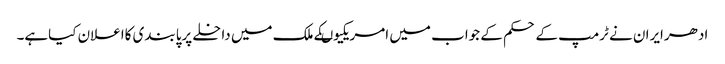
ادھرایران نے ٹرمپ کے حکم کے جواب میں امریکیوںکے ملک میں داخلے پرپابندی کااعلان کیاہے۔